Indian journal of veterinary science and animal husbandry - Volume 4,
Year: 1934
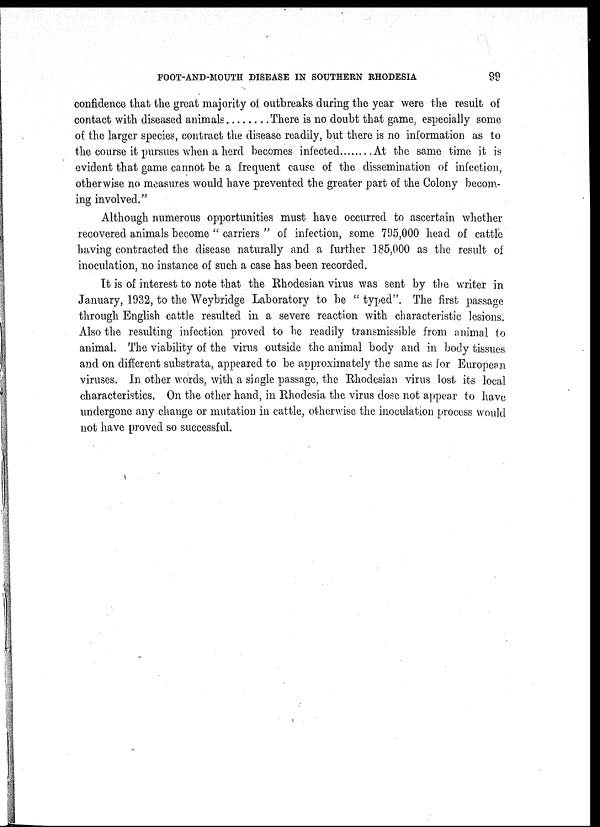
FOOT-AND-MOUTH DISEASE IN SOUTHERN RHODESIA
99
confidence that the great majority of outbreaks during the year were the result of
contact with diseased animals
There is no doubt that game, especially some
of the larger species, contract the disease readily, but there is no information as to
the course it pursues when a herd becomes infected
At the same time it is
evident that game cannot be a frequent cause of the dissemination of infection,
otherwise no measures would have prevented the greater part of the Colony becom-
ing involved."
Although numerous opportunities must have occurred to ascertain whether
recovered animals become " carriers " of infection, some 795,000 head of cattle
having contracted the disease naturally and a further 185,000 as the result of
inoculation, no instance of such a case has been recorded.
It is of interest to note that the Rhodesian virus was sent by the writer in
January, 1932, to the Weybridge Laboratory to be " typed". The first passage
through English cattle resulted in a severe reaction with characteristic lesions.
Also the resulting infection proved to be readily transmissible from animal to
animal. The viability of the virus outside the animal body and in body tissues
and on different substrata, appeared to be approximately the same as for European
viruses. In other words, with a single passage, the Rhodesian virus lost its local
characteristics. On the other hand, in Rhodesia the virus dose not appear to have
undergone any change or mutation in cattle, otherwise the inoculation process would
not have proved so successful.